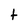
Character: t